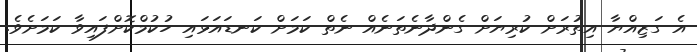
އެ ގަޒިއްޔާ އިތުރަށް ކުރިޔަށް ގެންދާނެތަނެއް ނެތް ކަމަށް ކަނޑައަޅައި ހުކުމްކޮށްފައިވާ ކަމަށެވެ.